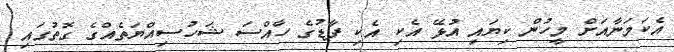
އެކަމަނާއަށް މީހުން ކިޔައި އުޅޭ އެކި އެކި ފާޑުގެ ހާއްސަ ޝަހުސިއްޔަތެއްގެ ގޮތުގައި